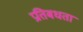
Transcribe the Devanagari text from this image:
प्रतिबधता